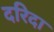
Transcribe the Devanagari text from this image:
दरिदा